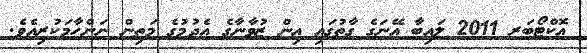
އޮކްޓޯބަރ 2011 ލައިބާ އޭނަގެ ގާތުގައި އިން ޒުވާނާގެ އެދުމުގެ މަތިން ނަންހާމަކުރިއެވެ.